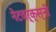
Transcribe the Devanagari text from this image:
नेटवर्क्स्‌नी